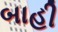
બાહી